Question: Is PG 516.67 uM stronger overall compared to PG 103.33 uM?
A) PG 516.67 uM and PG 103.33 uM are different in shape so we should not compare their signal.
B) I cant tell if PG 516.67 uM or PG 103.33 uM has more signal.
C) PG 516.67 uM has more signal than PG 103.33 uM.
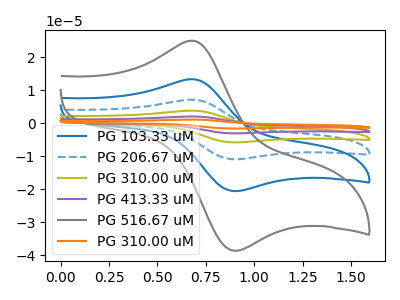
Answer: <think>The blue curve "PG 103.33 uM" has an anodic peak at (0.70V, 13.25uA) and a cathodic peak at (0.90V, -20.60uA). The blue dashed curve "PG 206.67 uM" has an anodic peak at (0.70V, 26.50uA) and a cathodic peak at (0.90V, -41.15uA). The olive curve "PG 310.00 uM" has an anodic peak at (0.70V, 39.80uA) and a cathodic peak at (0.90V, -61.75uA). The purple curve "PG 413.33 uM" has an anodic peak at (0.70V, 53.05uA) and a cathodic peak at (0.90V, -82.30uA). The gray curve "PG 516.67 uM" has an anodic peak at (0.70V, 24.90uA) and a cathodic peak at (0.90V, -38.65uA). The orange curve "PG 310.00 uM" has an anodic peak at (0.70V, 66.30uA) and a cathodic peak at (0.90V, -102.90uA).
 All the peaks in "PG 516.67 uM" have a peak in "PG 103.33 uM" at the same potential. Every peak in "PG 516.67 uM" is higher than every peak in "PG 103.33 uM".</think>
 <answer>C) "PG 516.67 uM" has more signal than "PG 103.33 uM".</answer>
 <eval>C</eval>